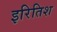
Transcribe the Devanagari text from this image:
इरितिश